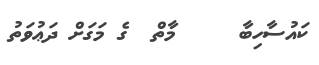
ކައުސާހިބާ     މާތް  ގެ މަގަށް ދަޢުވަތު